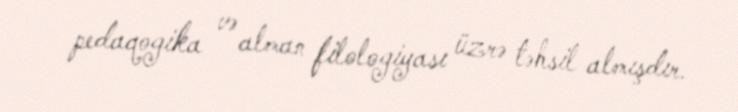
pedaqogika və alman filologiyası üzrə təhsil almışdır.